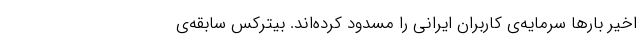
اخیر بارها سرمایه‌ی کاربران ایرانی را مسدود کرده‌اند. بیترکس سابقه‌ی